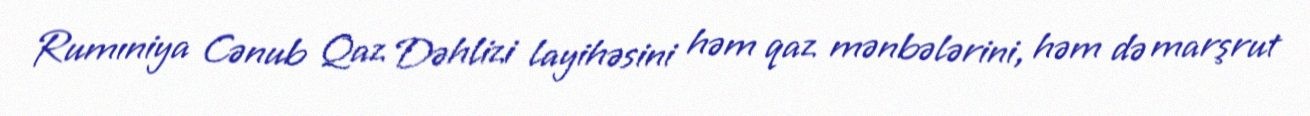
Rumıniya Cənub Qaz Dəhlizi layihəsini həm qaz mənbələrini, həm də marşrut